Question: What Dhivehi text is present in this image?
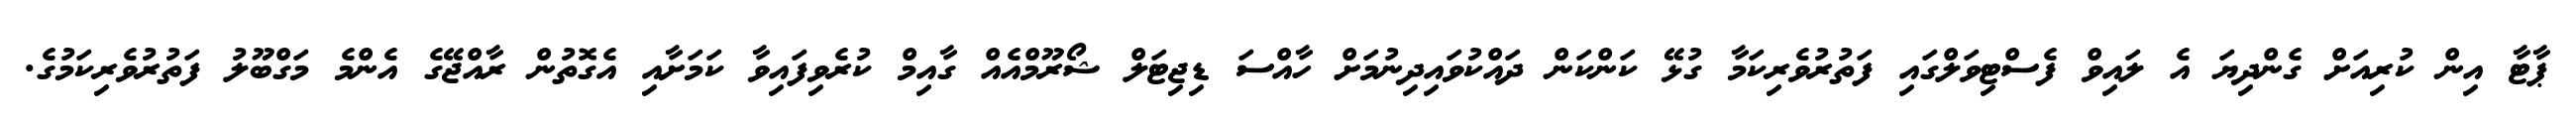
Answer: ޕާޓާ އިން ކުރިއަށް ގެންދިޔަ އެ ލައިވް ފެސްޓިވަލްގައި ފަތުރުވެރިކަމާ ގުޅޭ ކަންކަން ދައްކުވައިދިނުމަށް ހާއްސަ ޑިޖިޓަލް ޝޯރޫމްއެއް ގާއިމް ކުރެވިފައިވާ ކަމަށާއި އެގޮތުން ރާއްޖޭގެ އެންމެ މަގްބޫލު ފަތުރުވެރިކަމުގެ.